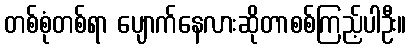
တစ်စုံတစ်ရာ ပျောက်နေလားဆိုတာစစ်ကြည့်ပါဦး။